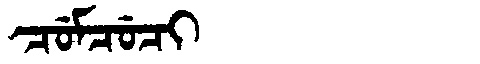
Manchu: ᠴᡠᠮᠴᡠᠴᡳ
Romanization: CUMCUCI